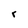
Character: r